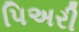
પિઅરી